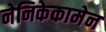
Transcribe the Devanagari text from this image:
नेनिकेकामेन